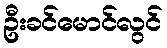
ဦးခင်မောင်လွင်